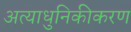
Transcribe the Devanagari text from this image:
अत्याधुनिकीकरण